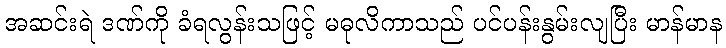
အဆင်းရဲ ဒဏ်ကို ခံရလွန်းသဖြင့် မဓုလိကာသည် ပင်ပန်းနွမ်းလျပြီး မာန်မာန